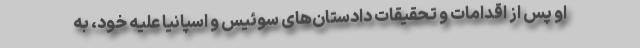
او پس از اقدامات و تحقیقات دادستان‌های سوئیس و اسپانیا علیه خود، به